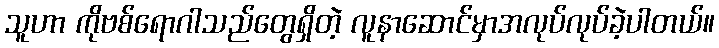
သူဟာ ကိုဗစ်ရောဂါသည်တွေရှိတဲ့ လူနာဆောင်မှာအလုပ်လုပ်ခဲ့ပါတယ်။